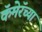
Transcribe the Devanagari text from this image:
कॅमेरॅच्या